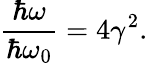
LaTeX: \frac{\hbar\omega}{\hbar\omega_{0}}=4\gamma^{2}.